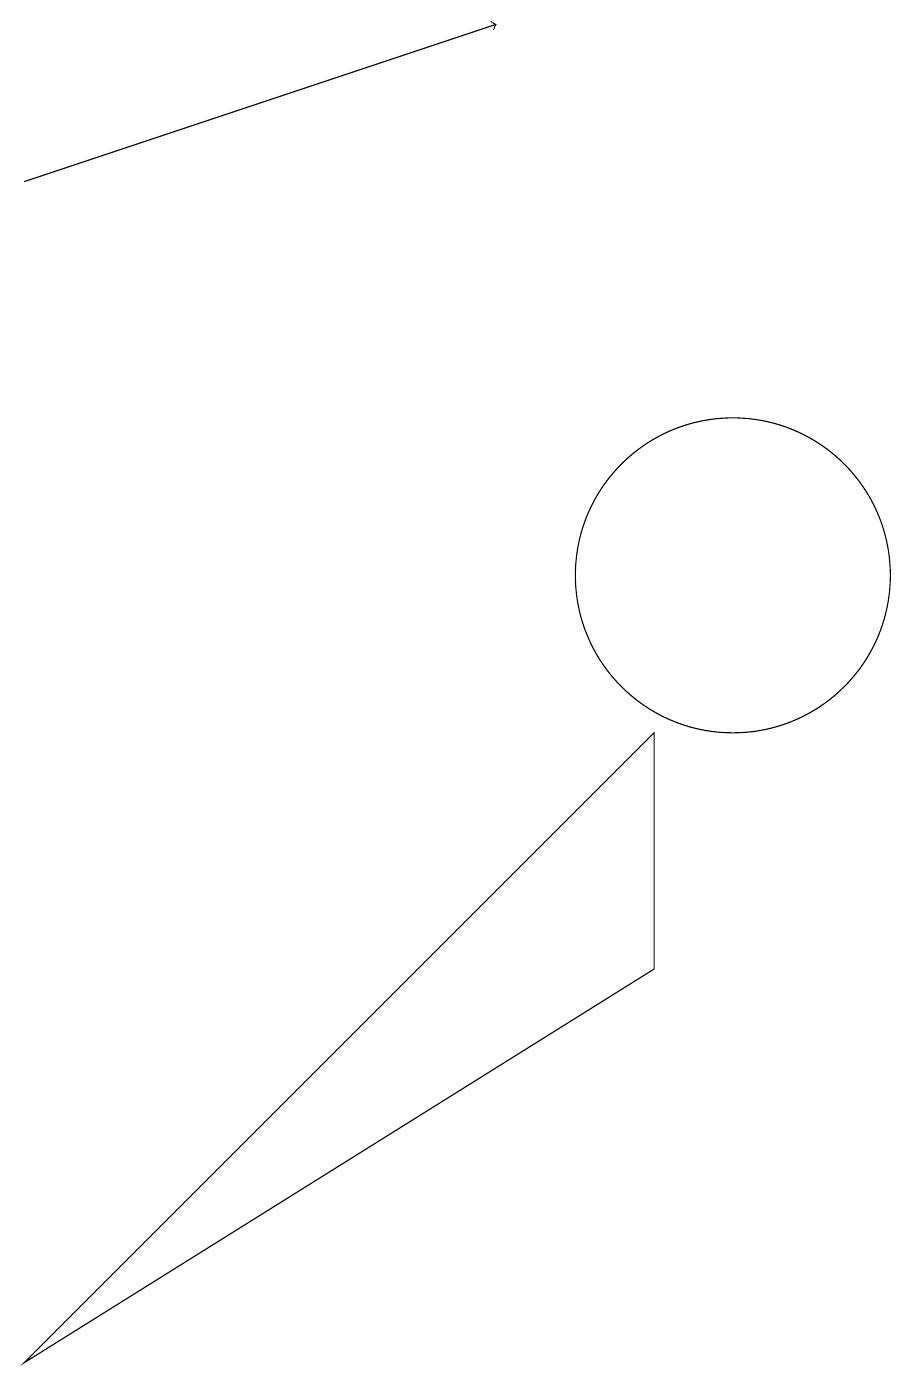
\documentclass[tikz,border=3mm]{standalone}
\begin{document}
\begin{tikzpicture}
\draw[->] (1,15) -- (7,17);
\draw (10,10) circle (2);
\draw (1,0) -- (9,8) -- (9,5) -- cycle;
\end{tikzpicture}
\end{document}